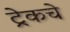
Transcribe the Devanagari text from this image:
ट्रेकचे